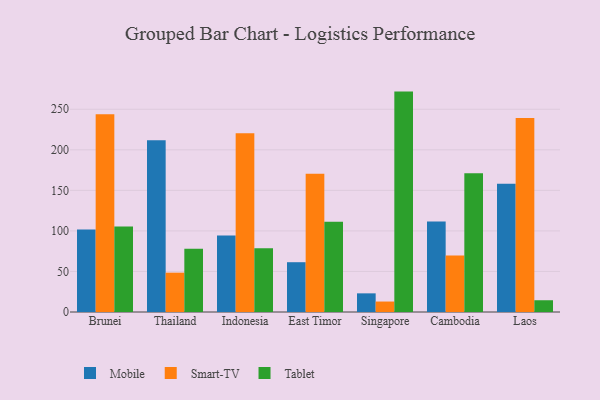
{"axis": {"x": "Country", "y": "Headcount"}, "legend": ["Mobile", "Smart-TV", "Tablet"], "data": [{"x": "Brunei", "y": 101.6, "type": "Mobile"}, {"x": "Brunei", "y": 243.8, "type": "Smart-TV"}, {"x": "Brunei", "y": 105.4, "type": "Tablet"}, {"x": "Thailand", "y": 211.9, "type": "Mobile"}, {"x": "Thailand", "y": 48.5, "type": "Smart-TV"}, {"x": "Thailand", "y": 77.9, "type": "Tablet"}, {"x": "Indonesia", "y": 94.4, "type": "Mobile"}, {"x": "Indonesia", "y": 220.3, "type": "Smart-TV"}, {"x": "Indonesia", "y": 78.5, "type": "Tablet"}, {"x": "East Timor", "y": 61.4, "type": "Mobile"}, {"x": "East Timor", "y": 170.5, "type": "Smart-TV"}, {"x": "East Timor", "y": 111.4, "type": "Tablet"}, {"x": "Singapore", "y": 23.0, "type": "Mobile"}, {"x": "Singapore", "y": 12.9, "type": "Smart-TV"}, {"x": "Singapore", "y": 271.8, "type": "Tablet"}, {"x": "Cambodia", "y": 111.6, "type": "Mobile"}, {"x": "Cambodia", "y": 69.6, "type": "Smart-TV"}, {"x": "Cambodia", "y": 171.1, "type": "Tablet"}, {"x": "Laos", "y": 158.3, "type": "Mobile"}, {"x": "Laos", "y": 239.3, "type": "Smart-TV"}, {"x": "Laos", "y": 14.5, "type": "Tablet"}]}